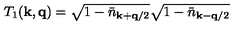
T _ { 1 } ( { \bf { k } } , { \bf { q } } ) = \sqrt { 1 - { \bar { n } } _ { { \bf { k } } + { \bf { q } } / 2 } } \sqrt { 1 - { \bar { n } } _ { { \bf { k } } - { \bf { q } } / 2 } }